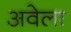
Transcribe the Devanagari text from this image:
अवेला